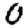
Digit: 0